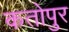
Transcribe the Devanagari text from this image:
कतोपुर